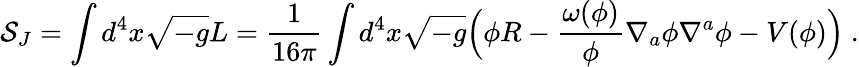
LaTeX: \mathcal{S}_{J}=\int d^{4}x\sqrt{-g}L=\frac{1}{16\pi}\int d^{4}x\sqrt{-g}\Big(\phi R-\frac{\omega(\phi)}{\phi}\nabla_{a}\phi\nabla^{a}\phi-V(\phi)\Big)~.